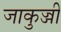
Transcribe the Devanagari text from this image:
जाकुज्जी